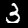
Label: 3